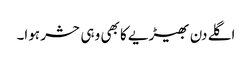
اگلے دن بھیڑیے کا بھی وہی حشر ہوا۔